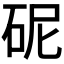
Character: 𪿗